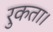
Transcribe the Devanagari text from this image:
रुकता।